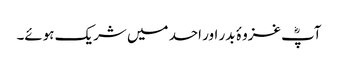
آپؓ غزوۂ بدر اور احد میں شریک ہوئے۔